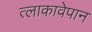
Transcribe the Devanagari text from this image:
त्लाकावेपान